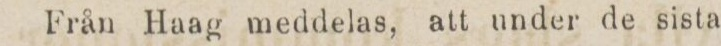
Från Haag meddelas, att under de sista